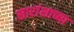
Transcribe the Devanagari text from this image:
सारांशाच्या